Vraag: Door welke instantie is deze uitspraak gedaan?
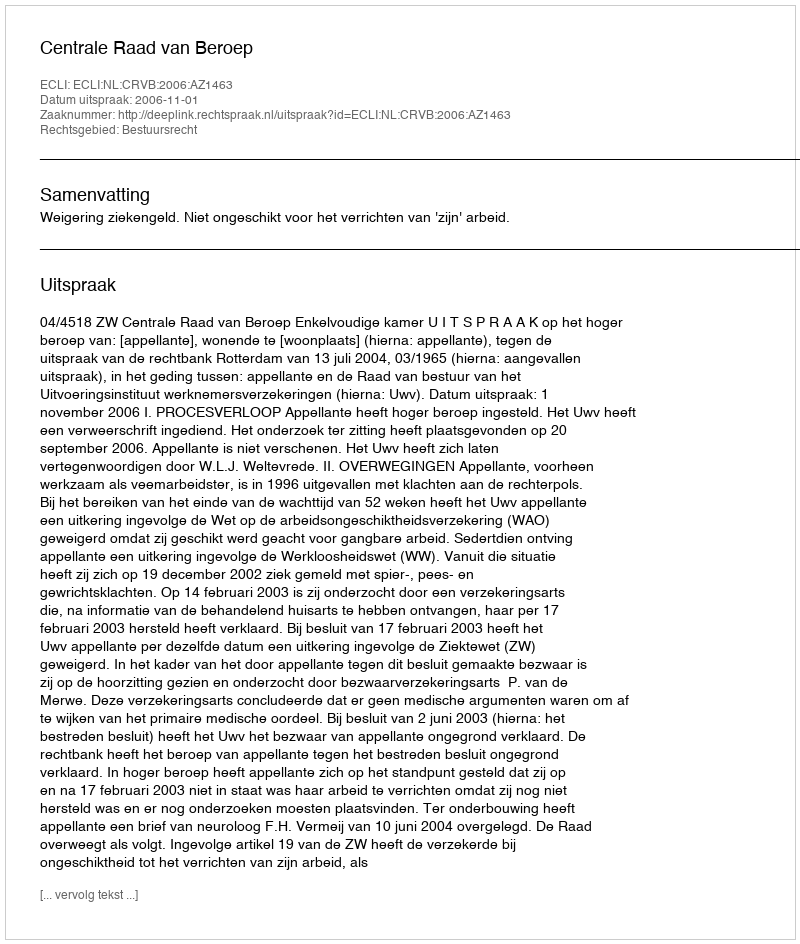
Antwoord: Centrale Raad van Beroep